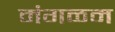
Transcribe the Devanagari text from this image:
मंगळम